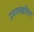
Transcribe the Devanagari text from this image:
उपरस्खलित